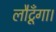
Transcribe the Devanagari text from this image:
लौटूँगा।